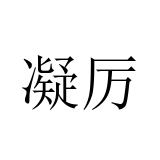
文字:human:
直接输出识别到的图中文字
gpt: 凝厉